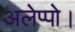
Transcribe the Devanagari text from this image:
अलेप्पो।